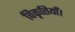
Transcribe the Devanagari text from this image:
विकृतियाँ।